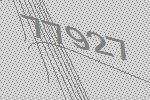
77927